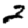
Digit: 2